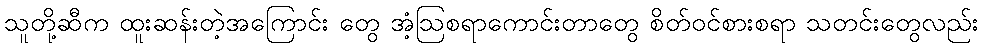
သူတို့ဆီက ထူးဆန်းတဲ့အကြောင်း တွေ အံ့ဩစရာကောင်းတာတွေ စိတ်ဝင်စားစရာ သတင်းတွေလည်း